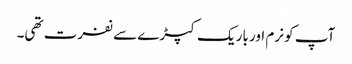
آپ کو نرم اور باریک کپڑے سے نفرت تھی۔